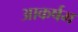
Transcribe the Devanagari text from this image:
आकर्षम